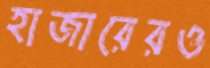
হাজারেরও